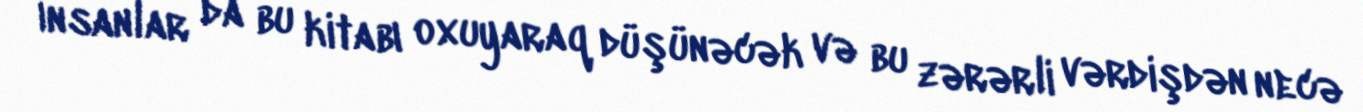
İnsanlar da bu kitabı oxuyaraq düşünəcək və bu zərərli vərdişdən necə